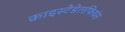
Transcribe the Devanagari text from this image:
क्राइस्टैडेलफियंस